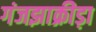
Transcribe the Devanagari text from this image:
गंजझाक्रीड़ा